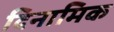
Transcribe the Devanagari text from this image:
दिनामिक